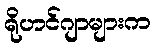
ရိုဟင်ဂျာများက